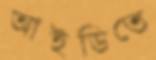
আইডিতে